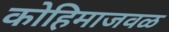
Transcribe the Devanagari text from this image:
कोहिमाजवळ